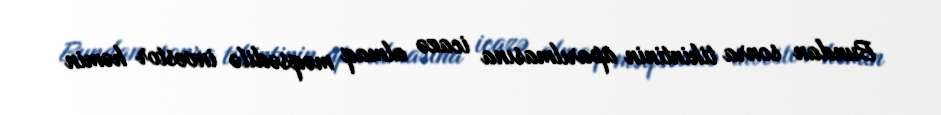
Bundan sonra tikintinin aparılmasına icazə almaq məqsədilə investor həmin